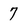
Character: 7